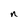
Character: n